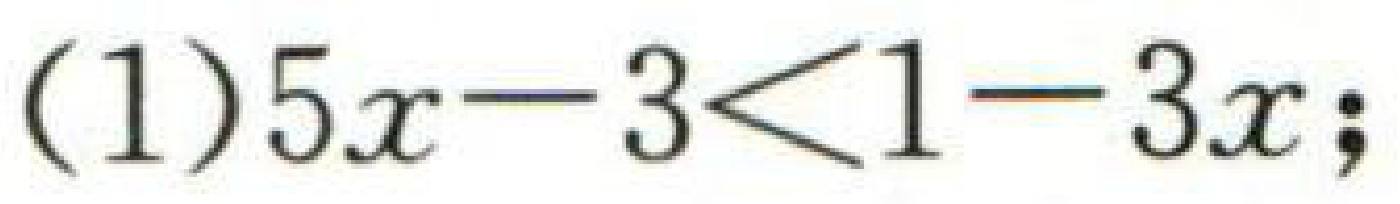
(1) \(5x - 3<1 - 3x\);